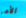
الأمر